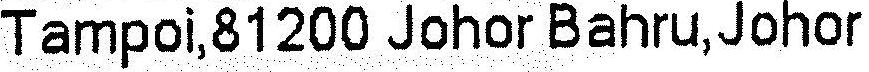
TAMPOI,81200 JOHOR BAHRU,JOHOR